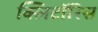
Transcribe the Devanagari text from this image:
क्लिटॉरिस